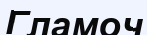
Гламоч